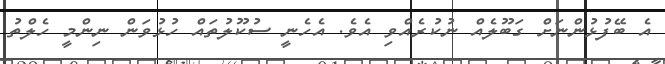
އެ ބޭފުޅުންނަށް ގަބޫލެއް ނުކުރެއްވި އެވެ. އެހެނީ ސުކޫލުތައް ހުޅުވަން ނިންމީ ހެލްތު